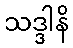
သဒ္ဒါနိ